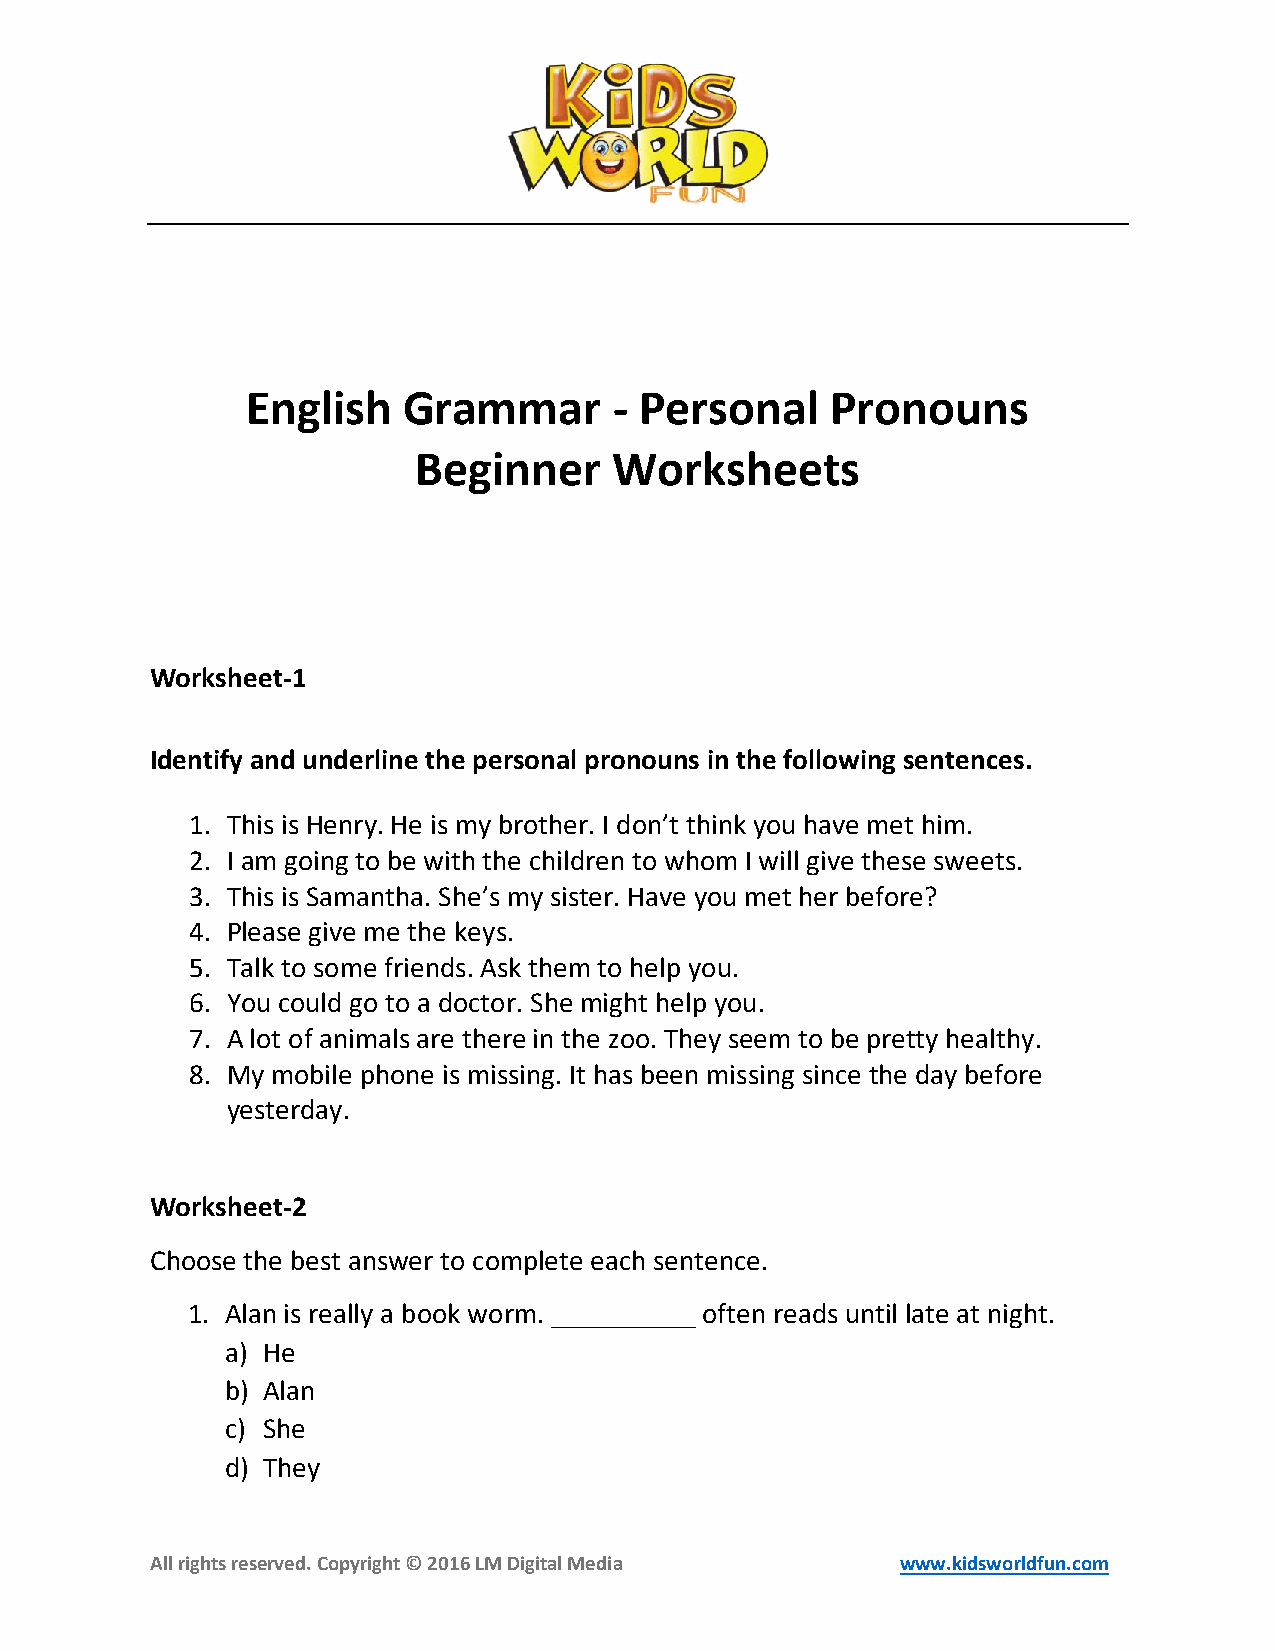
English    Grammar       - Personal    Pronouns
 Beginner      Worksheets
 Worksheet-1
 Identify and underline the personal pronouns in the following sentences.
 1. This is Henry. He is my brother. I don’t think you have met him.
 2. I am going to be with the children to whom I will give these sweets.
 3. This is Samantha. She’s my sister. Have you met her before?
 4. Please give me the keys.
 5. Talk to some friends. Ask them to help you.
 6. You could go to a doctor. She might help you.
 7. A lot of animals are there in the zoo. They seem to be pretty healthy.
 8. My mobile phone is missing. It has been missing since the day before
 yesterday.
 Worksheet-2
 Choose the best answer to complete each sentence.
 1. Alan is really a book worm. __________ often reads until late at night.
 a) He
 b) Alan
 c) She
 d) They
 All rights reserved. Copyright © 2016 LM Digital Media www.kidsworldfun.com